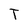
Character: T